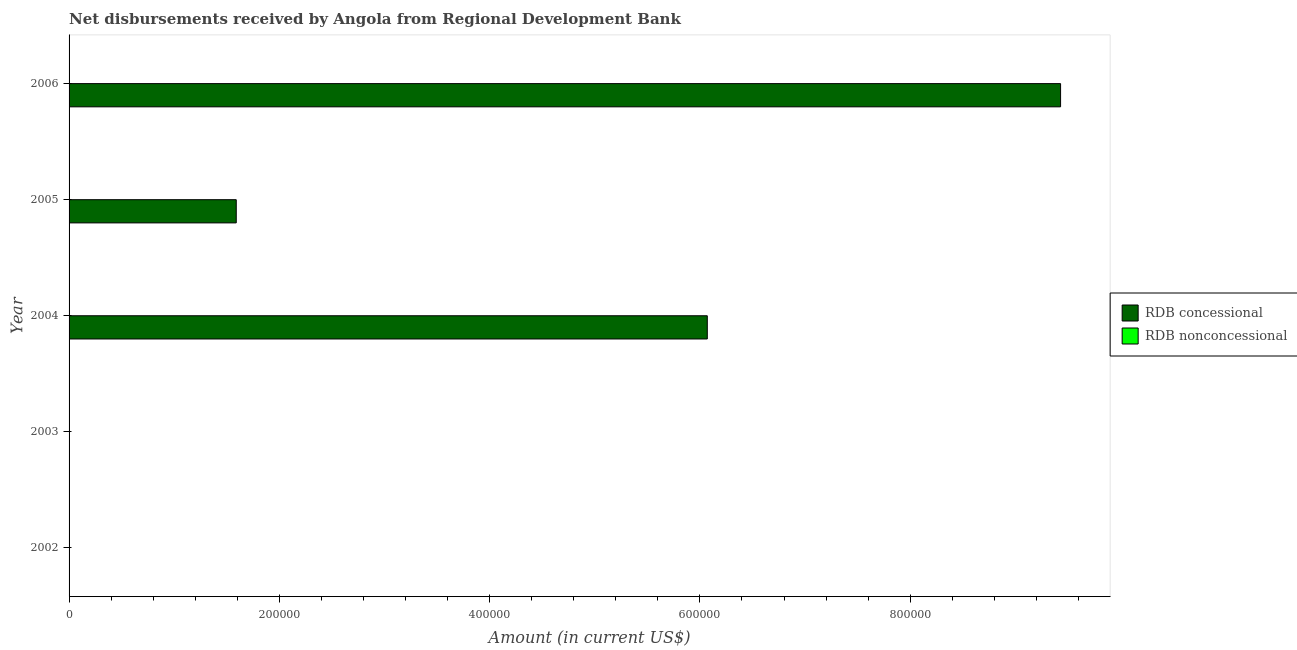
| Year | RDB concessional | RDB nonconcessional |
 | --- | --- | --- |
 | 2002 | -2.67e+05 | -2.64e+06 |
 | 2003 | -1.29e+05 | -2.37e+06 |
 | 2004 | 6.07e+05 | -1.64e+06 |
 | 2005 | 1.59e+05 | -1.6e+06 |
 | 2006 | 9.43e+05 | -1.61e+06 |